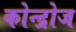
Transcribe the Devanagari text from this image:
कोन्द्रोज